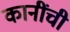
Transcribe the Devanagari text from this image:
कानींची